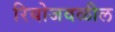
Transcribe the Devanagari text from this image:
रियोजवळील